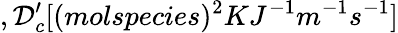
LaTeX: ,\mathcal{D}_{c}^{\prime}[(molspecies)^{2}KJ^{-1}m^{-1}s^{-1}]